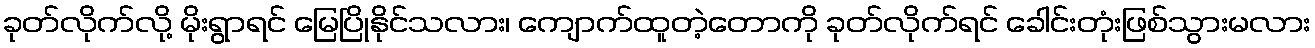
ခုတ်လိုက်လို့ မိုးရွာရင် မြေပြိုနိုင်သလား၊ ကျောက်ထူတဲ့တောကို ခုတ်လိုက်ရင် ခေါင်းတုံးဖြစ်သွားမလား